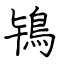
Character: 鴇